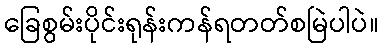
ခြေစွမ်းပိုင်းရုန်းကန်ရတတ်စမြဲပါပဲ။